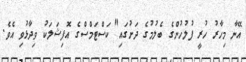
އޭނާ މިހާރު ހުރީ ފުލުހުންގެ ބެލުމުގެ ދަށުގައި" ކަސްޓަމްސްގެ އޮފިޝަލަކު ވިދާޅުވި އެވެ.